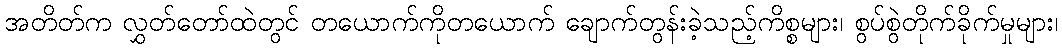
အတိတ်က လွှတ်တော်ထဲတွင် တယောက်ကိုတယောက် ချောက်တွန်းခဲ့သည့်ကိစ္စများ၊ စွပ်စွဲတိုက်ခိုက်မှုများ၊